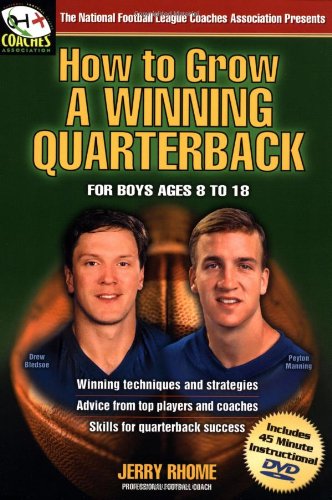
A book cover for How to Grow a Winning Quarterback: For Boys Ages 8 to 18; Jerry Rhome; Sports & Outdoors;